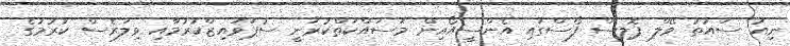
ނިއު ސައުތު ވޭލް ޕޮލިސް ފޯސްގައި އެންސީއޯއިން މަސައްކަތްކުރަނީ ސުޕަވައިޒްކުރުމާއި ވިލަރެސް ކުރުމުގެ